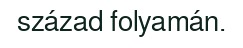
század folyamán.